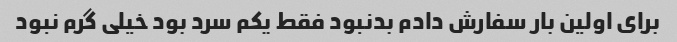
برای اولین بار سفارش دادم بدنبود فقط یکم سرد بود خیلی گرم نبود